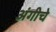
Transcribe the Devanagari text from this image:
अंगीचे